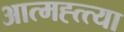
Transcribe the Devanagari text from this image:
आत्मह्त्त्या